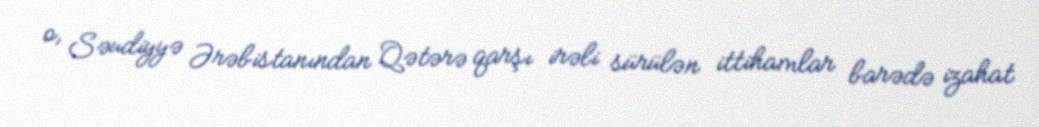
o, Səudiyyə Ərəbistanından Qətərə qarşı irəli sürülən ittihamlar barədə izahat